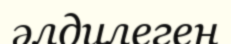
әлдилеген